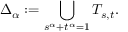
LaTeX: \Delta _ { \alpha } : = \bigcup _ { s ^ { \alpha } + t ^ { \alpha } = 1 } T _ { s , t } .